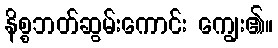
နိစ္စဘတ်ဆွမ်းကောင်း ကျွေး၏။